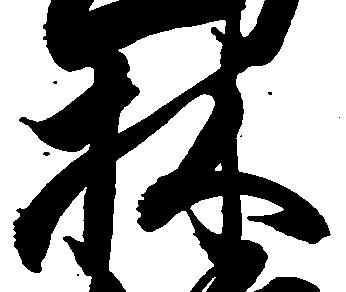
林